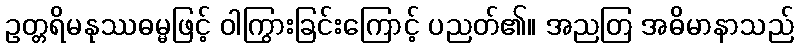
ဥတ္တရိမနုဿဓမ္မဖြင့် ဝါကြွားခြင်းကြောင့် ပညတ်၏။ အညတြ အဓိမာနာသည်